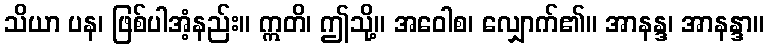
သိယာ ပန၊ ဖြစ်ပါအံ့နည်း။ ဣတိ၊ ဤသို့။ အဝေါစ၊ လျှောက်၏။ အာနန္ဒ၊ အာနန္ဒာ။